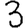
Digit: 3